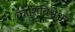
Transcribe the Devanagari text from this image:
काशिविश्वेश्वर